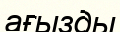
ағызды